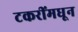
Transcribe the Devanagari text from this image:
टकरींमधून